Indian journal of veterinary science and animal husbandry - Volume 6,
Year: 1936
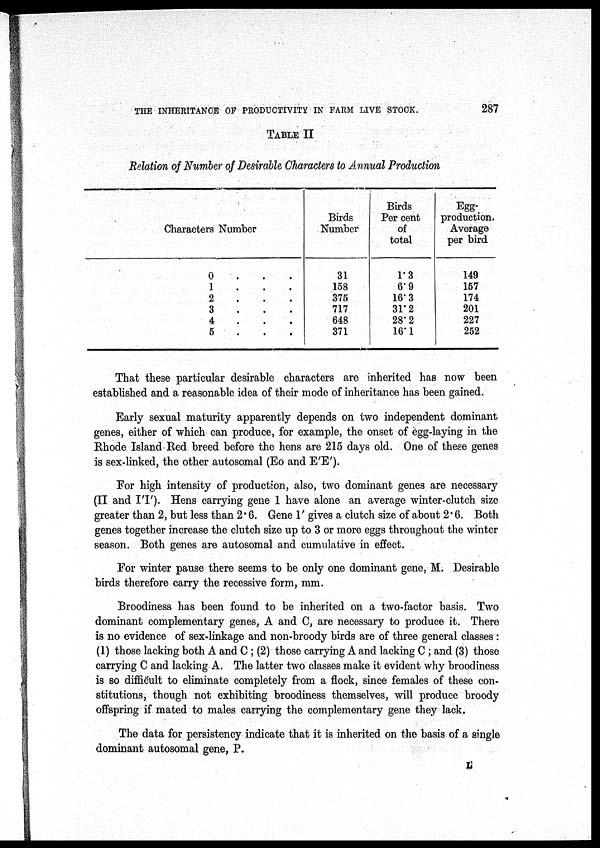
THE INHERITANCE OF PRODUCTIVITY IN FARM LIVE STOCK.
287
TABLE II
Relation of Number of Desirable Characters to Annual Production
Characters Number
0
1
2
3
4
5
Birds
Number
31
158
375
717
648
371
Birds
Per cent
of
total
1.3
6.9
16.3
31.2
28.2
16.1
Egg-
production.
Average
per bird
149
157
174
201
227
252
That these particular desirable characters are inherited has now been
established and a reasonable idea of their mode of inheritance has been gained.
Early sexual maturity apparently depends on two independent dominant
genes, either of which can produce, for example, the onset of egg-laying in the
Rhode Island Red breed before the hens are 215 days old. One of these genes
is sex-linked, the other autosomal (Eo and E'E').
For high intensity of production, also, two dominant genes are necessary
(II and I'I'). Hens carrying gene 1 have alone an average winter-clutch size
greater than 2, but less than 2.6. Gene 1' gives a clutch size of about 2.6. Both
genes together increase the clutch size up to 3 or more eggs throughout the winter
season. Both genes are autosomal and cumulative in effect.
For winter pause there seems to be only one dominant gene, M. Desirable
birds therefore carry the recessive form, mm.
Broodiness has been found to be inherited on a two-factor basis. Two
dominant complementary genes, A and C, are necessary to produce it. There
is no evidence of sex-linkage and non-broody birds are of three general classes :
(1) those lacking both A and C ; (2) those carrying A and lacking C ; and (3) those
carrying C and lacking A. The latter two classes make it evident why broodiness
is so difficult to eliminate completely from a flock, since females of these con-
stitutions, though not exhibiting broodiness themselves, will produce broody
offspring if mated to males carrying the complementary gene they lack.
The data for persistency indicate that it is inherited on the basis of a single
dominant autosomal gene, P.
L